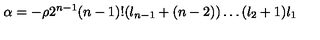
\alpha = - \rho 2 ^ { n - 1 } ( n - 1 ) ! ( l _ { n - 1 } + ( n - 2 ) ) \ldots ( l _ { 2 } + 1 ) l _ { 1 }